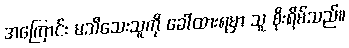
အကြောင်း မသိသေးသူကို ခေါ်ထားရမှာ သူ စိုးရိမ်သည်။